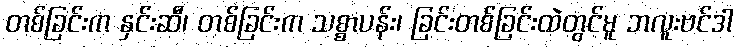
တစ်ခြင်းက နှင်းဆီ၊ တစ်ခြင်းက သစ္စာပန်း၊ ခြင်းတစ်ခြင်းထဲတွင်မူ ဘလူးဗင်ဒါ